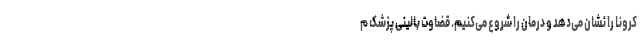
کرونا را نشان می‌دهد و درمان را شروع می‌کنیم. قضاوت بالینی پزشک م